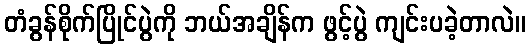
တံခွန်စိုက်ပြိုင်ပွဲကို ဘယ်အချိန်က ဖွင့်ပွဲ ကျင်းပခဲ့တာလဲ။